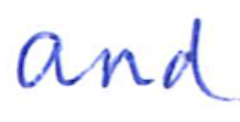
Text: and
Cross-out: clean
Writing tool: ballpoint